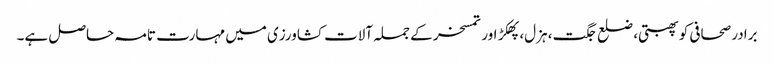
برادر صحافی کو پھبتی، ضلع جگت، ہزل، پھکڑ اور تمسخر کے جملہ آلات کشاورزی میں مہارت تامہ حاصل ہے۔